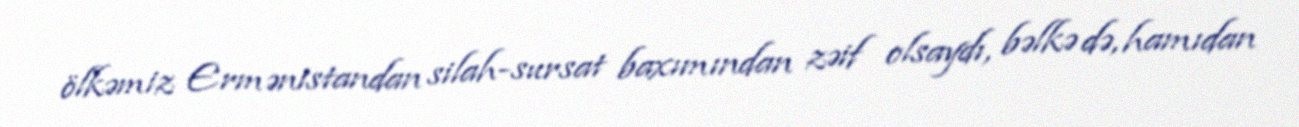
ölkəmiz Ermənistandan silah-sursat baxımından zəif olsaydı, bəlkə də, hamıdan